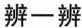
辨一辨